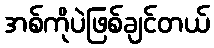
အစ်ကိုပဲဖြစ်ချင်တယ်